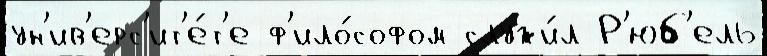
ун'ив'ерс'ит'е́т'е ф'ило́софом служи́л Р'юб'ель